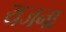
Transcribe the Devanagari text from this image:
यजना